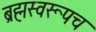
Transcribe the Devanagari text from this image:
ब्रह्मस्वरूपच